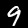
Digit: 9